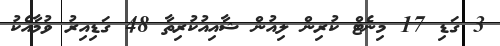
3 ގަޑި 17 މިނެޓް ކުރިން ލިއުން ޝާއިއުކުރިތާ 48 ގަޑިއިރު ވުމާއެކު